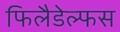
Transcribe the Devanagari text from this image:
फिलैडेल्फस